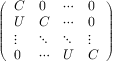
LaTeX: \scriptstyle { \left( \begin{array} { l l l l } { C } & { 0 } & { \cdots } & { 0 } \\ { U } & { C } & { \cdots } & { 0 } \\ { \vdots } & { \ddots } & { \ddots } & { \vdots } \\ { 0 } & { \cdots } & { U } & { C } \end{array} \right) }